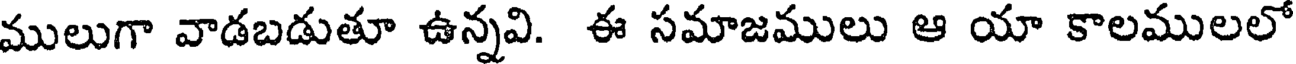
ములుగా వాడబడుతూ ఉన్నవి. ఈ సమాజములు ఆ యా కాలములలో